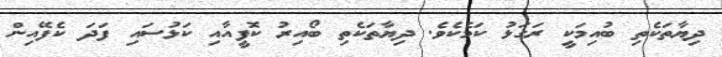
ދިޔާތަކެތި ބުއިމަކީ ރަގަޅު ކަމެކެވެ. ދިޔާތަކެތި ބޯއިރު ކޮފީއާއި ކަޅުސައި ފަދަ ކެފޭއިން